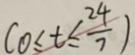
( 0 \leq t \leq \frac { 2 4 } { 7 } )